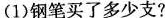
(1)钢笔买了多少支?